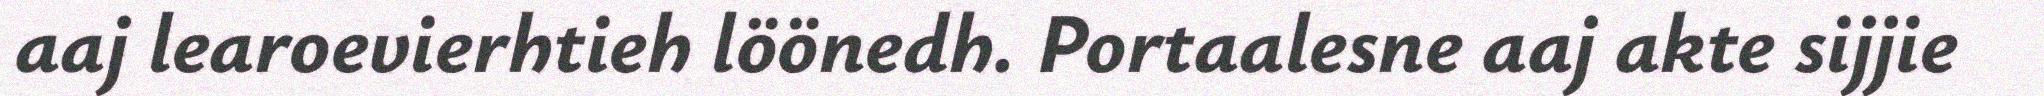
aaj learoevierhtieh löönedh. Portaalesne aaj akte sijjie